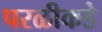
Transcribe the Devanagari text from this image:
परळीकडे